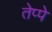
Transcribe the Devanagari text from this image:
तेप्पे